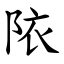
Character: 䧇